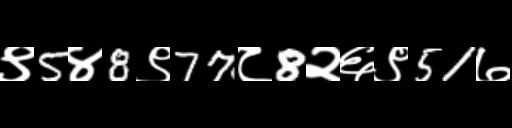
Text: ९5४8९77८8२६९51७